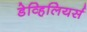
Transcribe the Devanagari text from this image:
डेव्हिलियर्स